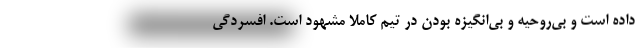
داده است و بی‌روحیه و بی‌انگیزه بودن در تیم کاملاً مشهود است. افسردگی